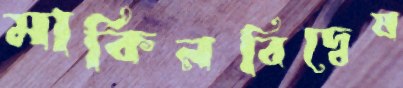
মার্কিনবিদ্বেষ